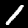
Label: 1